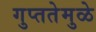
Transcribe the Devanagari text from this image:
गुप्ततेमुळे